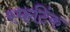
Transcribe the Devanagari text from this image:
स्फटिंक